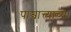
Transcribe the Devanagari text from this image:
पाश्चात्त्याच्या